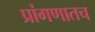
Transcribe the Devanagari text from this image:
प्रांगणातच